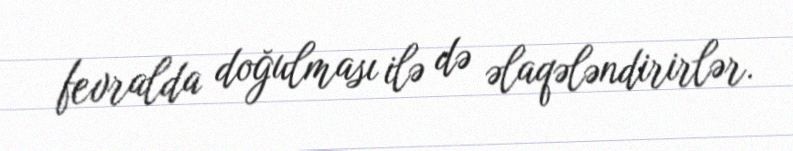
fevralda doğulması ilə də əlaqələndirirlər.